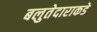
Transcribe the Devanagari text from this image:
बलुतेदाराकडे